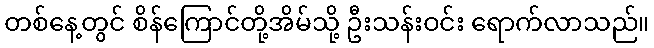
တစ်နေ့တွင် စိန်ကြောင်တို့အိမ်သို့ ဦးသန်းဝင်း ရောက်လာသည်။